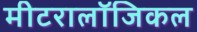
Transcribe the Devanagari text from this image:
मीटरालॉजिकल